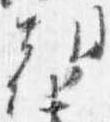
朝